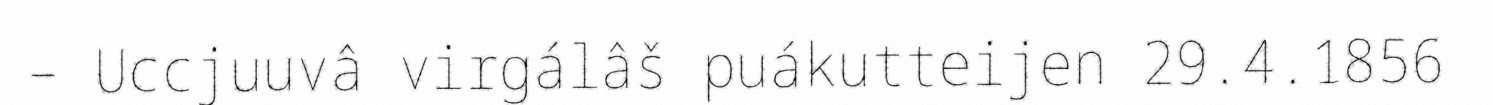
– Uccjuuvâ virgálâš puákutteijen 29.4.1856